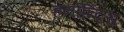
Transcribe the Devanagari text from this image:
हर्नान्दिस